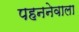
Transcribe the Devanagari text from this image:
पहननेवाला